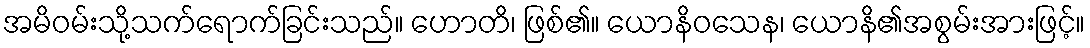
အမိဝမ်းသို့သက်ရောက်ခြင်းသည်။ ဟောတိ၊ ဖြစ်၏။ ယောနိဝသေန၊ ယောနိ၏အစွမ်းအားဖြင့်။